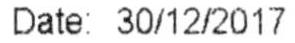
DATE: 30/12/2017